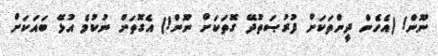
ނޫން! (އެހެން ދީންތަކަށް ފުރުޞަތުދޭ ގޮތަކަށް ނޫން!) އެގޮތަށް ނުކުމެ އުޅޭ ބައަކަށް